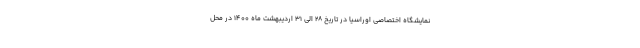
نمایشگاه اختصاصی اوراسیا در تاریخ ۲۸ الی ۳۱ اردیبهشت ماه ۱۴۰۰ در محل